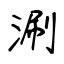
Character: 涮